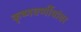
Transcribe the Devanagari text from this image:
कृष्णवर्णीयांवर